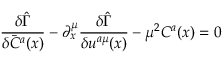
\frac { \delta \hat { \Gamma } } { \delta \bar { C } ^ { a } ( x ) } - \partial _ { x } ^ { \mu } \frac { \delta \hat { \Gamma } } { \delta u ^ { a \mu } ( x ) } - { \mu } ^ { 2 } C ^ { a } ( x ) = 0